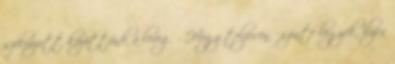
szikrázott közöttünk a levegő. Hogy teljesen őszinte legyek, ilyen